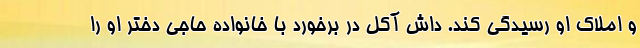
و املاک او رسيدگي کند. داش آکل در برخورد با خانواده حاجي دختر او را